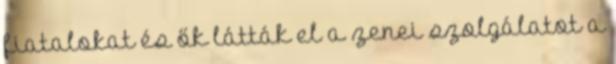
fiatalokat és ők látták el a zenei szolgálatot a